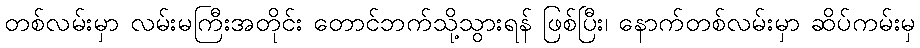
တစ်လမ်းမှာ လမ်းမကြီးအတိုင်း တောင်ဘက်သို့သွားရန် ဖြစ်ပြီး၊ နောက်တစ်လမ်းမှာ ဆိပ်ကမ်းမှ